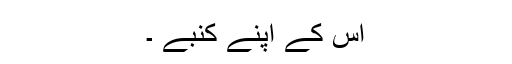
اس کے اپنے کنبے ۔